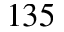
1 3 5